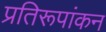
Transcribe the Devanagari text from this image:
प्रतिरूपांकन